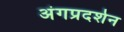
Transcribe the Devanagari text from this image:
अंगप्रदर्शन